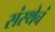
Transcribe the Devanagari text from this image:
संस्थेचं